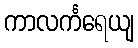
ကာလင်္ကရေယျ